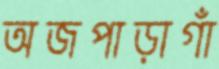
অজপাড়াগাঁ